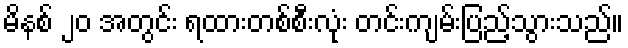
မိနစ် ၂၀ အတွင်း ရထားတစ်စီးလုံး တင်းကျမ်းပြည့်သွားသည်။